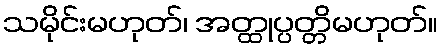
သမိုင်းမဟုတ်၊ အတ္ထုပ္ပတ္တိမဟုတ်။